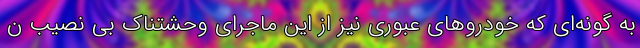
به گونه‌ای که خودرو‌های عبوری نیز از این ماجرای وحشتناک بی نصیب ن